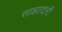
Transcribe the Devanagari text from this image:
साझादारी